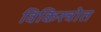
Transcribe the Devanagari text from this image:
विकिस्त्रोत